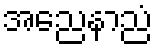
အညေနာညံ